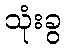
သုံးခွ